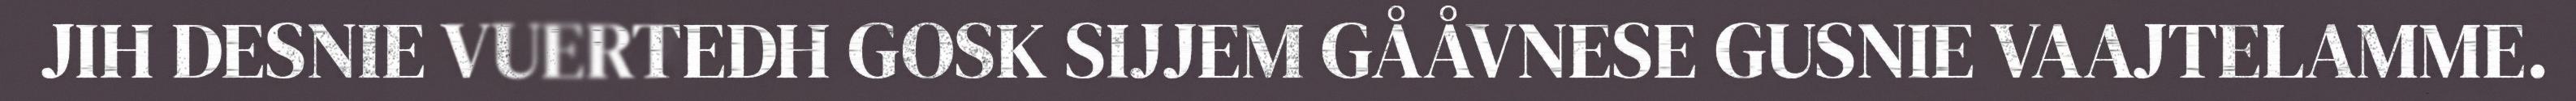
JIH DESNIE VUERTEDH GOSK SIJJEM GÅÅVNESE GUSNIE VAAJTELAMME.